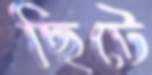
ছিটে